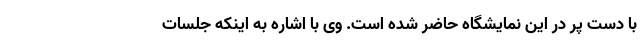
با دست پر در این نمایشگاه حاضر شده است. وی با اشاره به اینکه جلسات